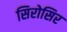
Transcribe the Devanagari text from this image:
सिरोसिर